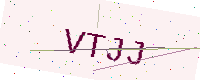
Text: VTJJ